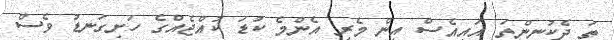
ތަ ދެކުނިންތަ އައިއެސް އިން މެރި އެންމެ ކުޑަ ކުއްޖެއްގެ ހަށިގަނޑު ވެސް